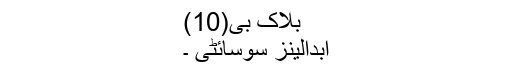
بلاک بی(10)
ابدالینز سوسائٹی ۔